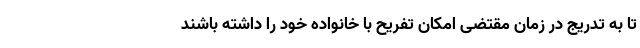
تا به تدریج در زمان مقتضی امکان تفریح با خانواده خود را داشته باشند